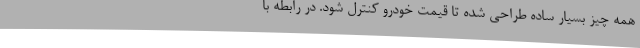
همه چیز بسیار ساده طراحی شده تا قیمت خودرو کنترل شود. در رابطه با